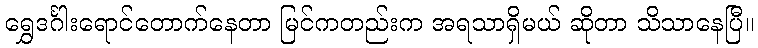
ရွှေဒင်္ဂါးရောင်တောက်နေတာ မြင်ကတည်းက အရသာရှိမယ် ဆိုတာ သိသာနေပြီ။